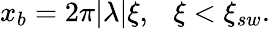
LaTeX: \begin{array}{r}{x_{b}=2\pi|\lambda|\xi,~~~\xi<\xi_{sw}.}\end{array}